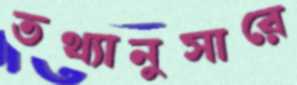
তথ্যানুসারে